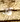
قد